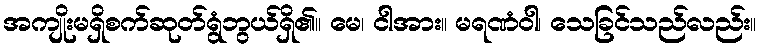
အကျိုးမရှိစက်ဆုတ်ရွံဘွယ်ရှိ၏။ မေ၊ ငါအား။ မရဏံဝါ၊ သေခြင်သည်လည်း။